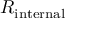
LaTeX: R _ { \mathrm { i n t e r n a l } }